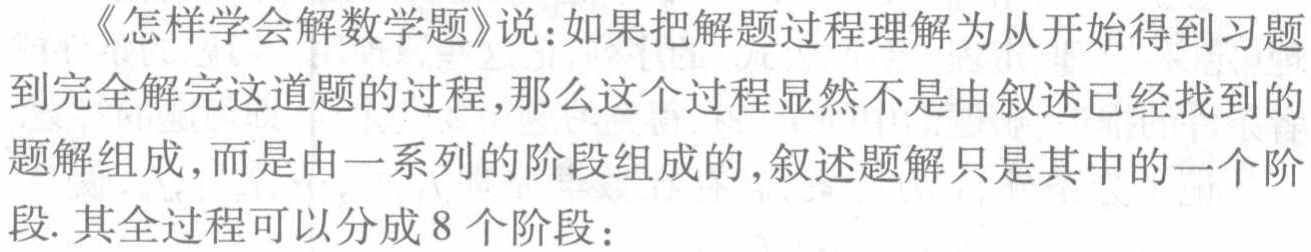
《怎样学会解数学题》说：如果把解题过程理解为从开始得到习题到完全解完这道题的过程，那么这个过程显然不是由叙述已经找到的题解组成，而是由一系列的阶段组成的，叙述题解只是其中的一个阶段. 其全过程可以分成 8 个阶段：